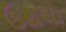
ઉથલો